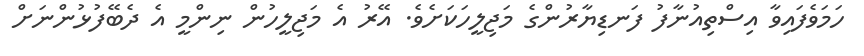
ހަމަވެފައިވާ އިސްތިއުނާފު ފަނޑިޔާރުންގެ މަޖިލީހަކަށެވެ. އޭރު އެ މަޖިލީހުން ނިންމީ އެ ދެބޭފުޅުންނަށް